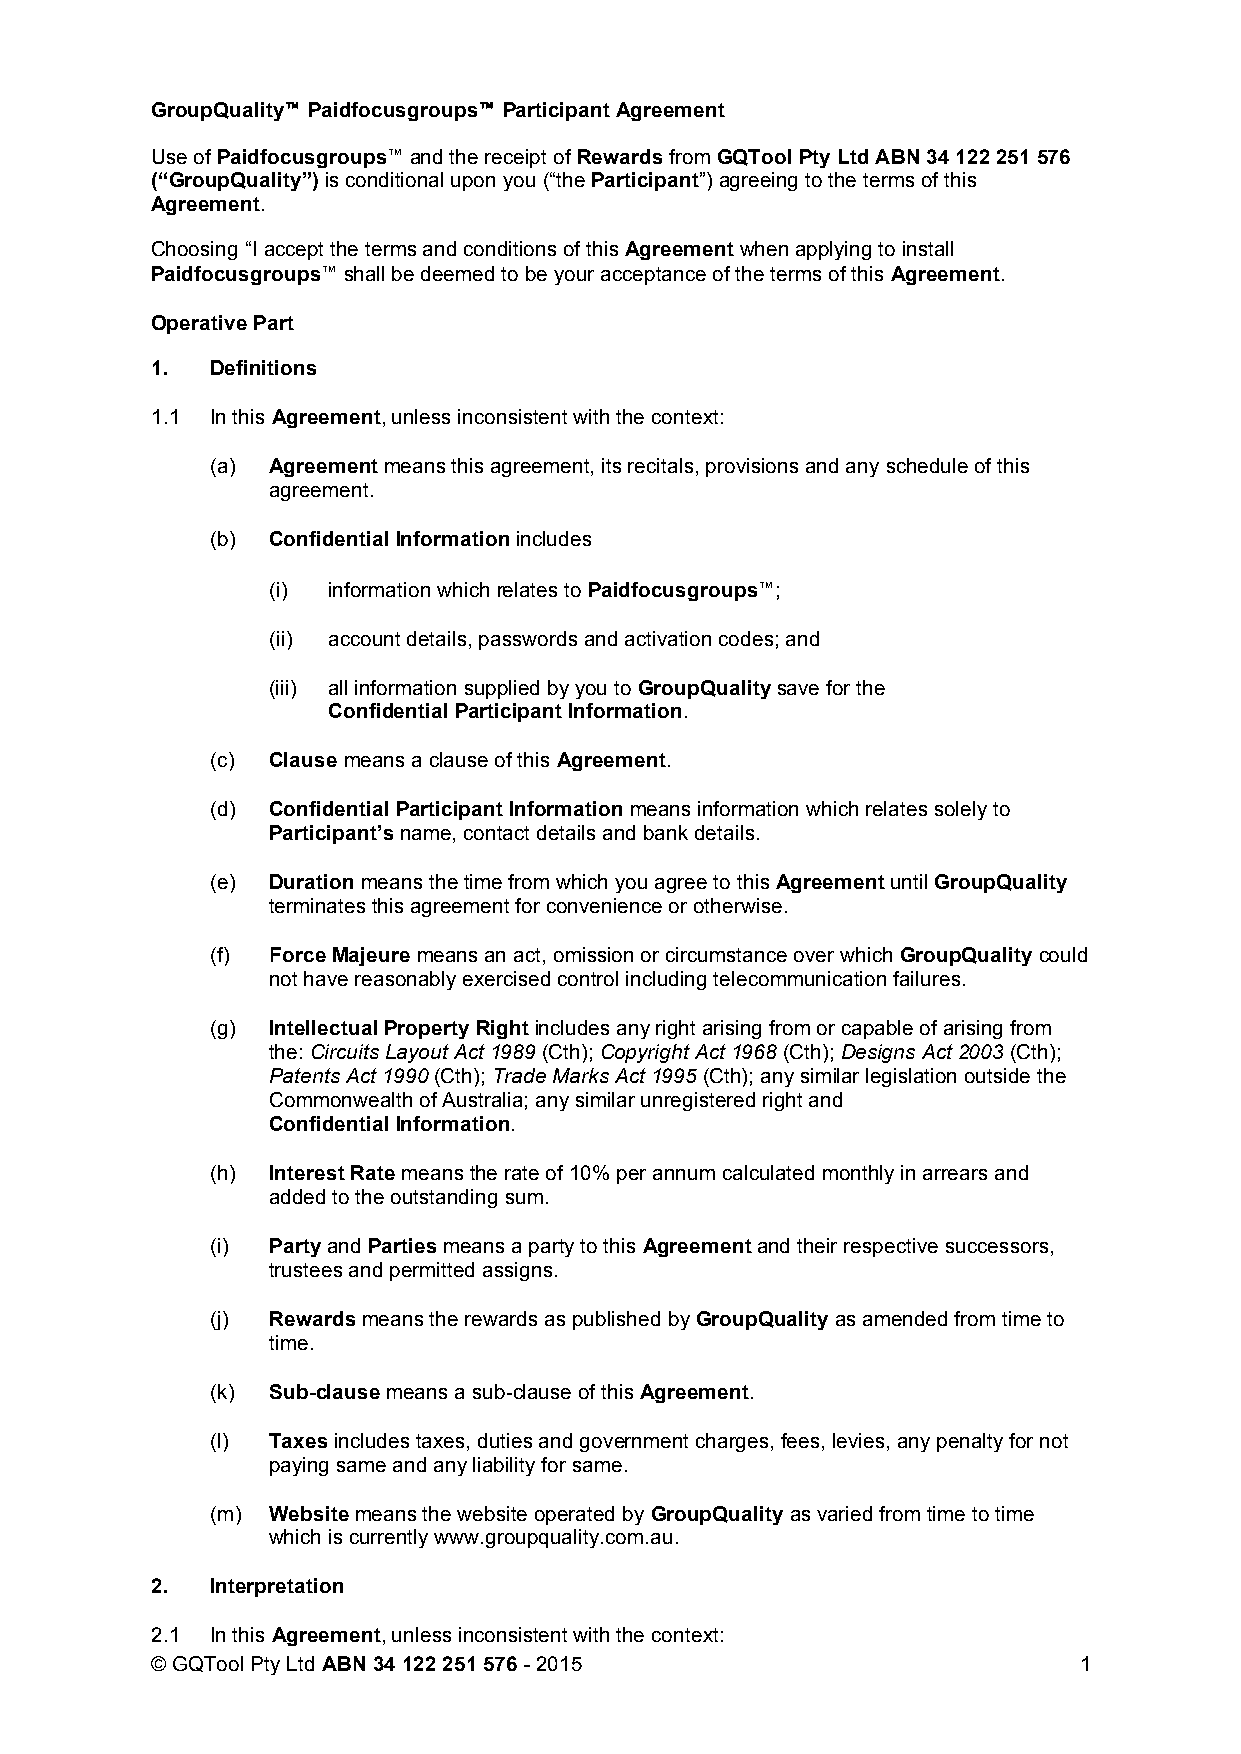
GroupQuality™ Paidfocusgroups™ Participant Agreement
 Use of Paidfocusgroups™ and the receipt of Rewards from GQTool Pty Ltd ABN 34 122 251 576
 (“GroupQuality”) is conditional upon you (“the Participant”) agreeing to the terms of this
 Agreement.
 Choosing “I accept the terms and conditions of this Agreement when applying to install
 Paidfocusgroups™ shall be deemed to be your acceptance of the terms of this Agreement.
 Operative Part
 1.  Definitions
 1.1 In this Agreement, unless inconsistent with the context:
 (a) Agreement means this agreement, its recitals, provisions and any schedule of this
 agreement.
 (b) Confidential Information includes
 (i) information which relates to Paidfocusgroups™;
 (ii) account details, passwords and activation codes; and
 (iii) all information supplied by you to GroupQuality save for the
 Confidential Participant Information.
 (c) Clause means a clause of this Agreement.
 (d) Confidential Participant Information means information which relates solely to
 Participant’s name, contact details and bank details.
 (e) Duration means the time from which you agree to this Agreement until GroupQuality
 terminates this agreement for convenience or otherwise.
 (f) Force Majeure means an act, omission or circumstance over which GroupQuality could
 not have reasonably exercised control including telecommunication failures.
 (g) Intellectual Property Right includes any right arising from or capable of arising from
 the: Circuits Layout Act 1989 (Cth); Copyright Act 1968 (Cth); Designs Act 2003 (Cth);
 Patents Act 1990 (Cth); Trade Marks Act 1995 (Cth); any similar legislation outside the
 Commonwealth of Australia; any similar unregistered right and
 Confidential Information.
 (h) Interest Rate means the rate of 10% per annum calculated monthly in arrears and
 added to the outstanding sum.
 (i) Party and Parties means a party to this Agreement and their respective successors,
 trustees and permitted assigns.
 (j) Rewards means the rewards as published by GroupQuality as amended from time to
 time.
 (k) Sub-clause means a sub-clause of this Agreement.
 (l) Taxes includes taxes, duties and government charges, fees, levies, any penalty for not
 paying same and any liability for same.
 (m) Website means the website operated by GroupQuality as varied from time to time
 which is currently www.groupquality.com.au.
 2.  Interpretation
 2.1 In this Agreement, unless inconsistent with the context:
 © GQTool Pty Ltd ABN 34 122 251 576 - 2015                   1